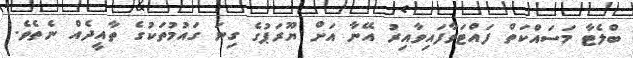
ބްލެޓާ މަސައްކަތް ފައްޓަވާފައިވާއިރު އޭނާ އަށް ޔޫރަޕުގެ ގިނަ ގައުމުތަކުގެ ތާއީދެއް ނެތެވެ.